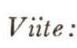
Viite: